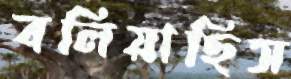
বলিয়াছিস